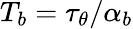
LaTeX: T_{b}=\tau_{\theta}/\alpha_{b}